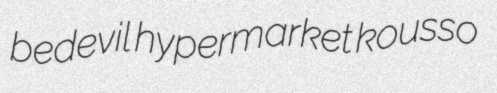
bedevil hypermarket kousso